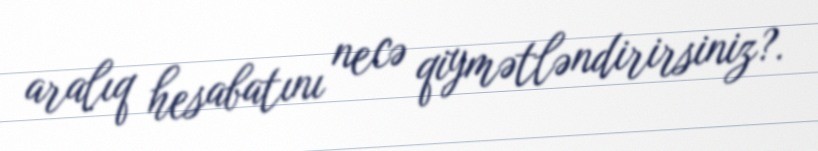
aralıq hesabatını necə qiymətləndirirsiniz?.